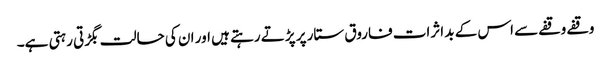
وقفے وقفے سے اس کے بد اثرات فاروق ستار پر پڑتے رہتے ہیں اور ان کی حالت بگڑتی رہتی ہے۔